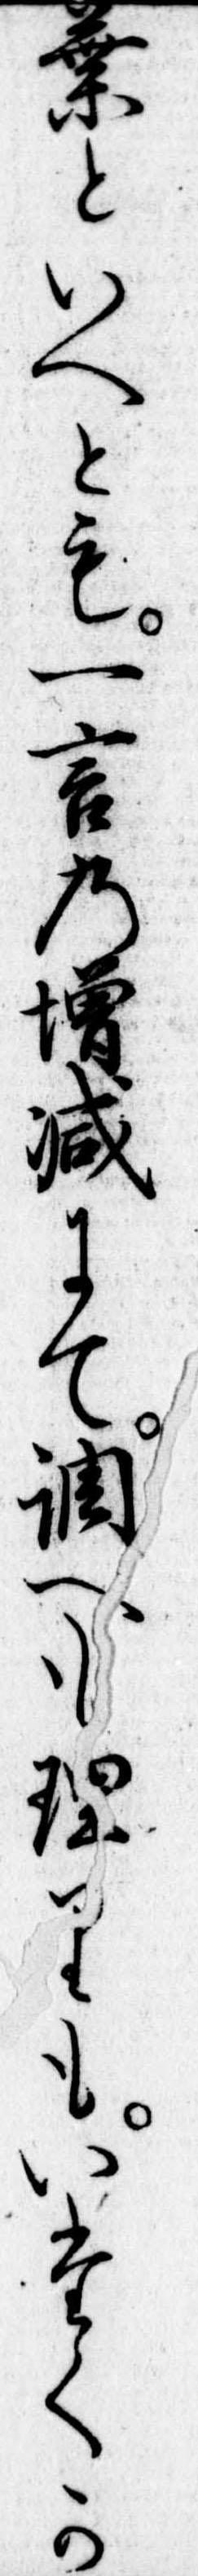
葉といへとも一言の増減にて調へも理りもいたくか